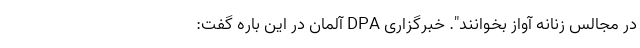
در مجالس زنانه آواز بخوانند". خبرگزاری DPA آلمان در این باره گفت: